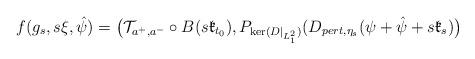
LaTeX: \begin{align*} f(g_s, s\xi, \hat{\psi})=\big(\mathcal{T}_{a^+,a^-}\circ B(s\mathfrak{k}_{t_0}), P_{\ker(D|_{L^2_1})}(D_{pert,\eta_s}(\psi+\hat{\psi}+s\mathfrak{k}_s)\big) \end{align*}